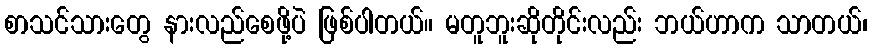
စာသင်သားတွေ နားလည်စေဖို့ပဲ ဖြစ်ပါတယ်။ မတူဘူးဆိုတိုင်းလည်း ဘယ်ဟာက သာတယ်၊